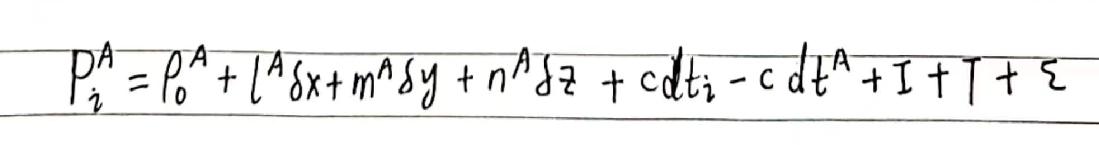
\[ P_{i}^{A}=\rho_{0}^{A}+l^{A}\delta x + m^{A}\delta y + n^{A}\delta z + cdt_{i}-cdt^{A}+I + T+\xi \]